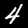
Digit: 4